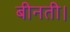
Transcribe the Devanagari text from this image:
बीनती।